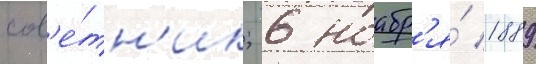
сов'е́тн'ик; 6 ноабр'я́ 1889